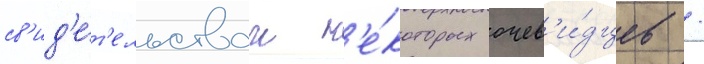
св'ид'е́т'ельствам н'е́которых очев'и́дцев /